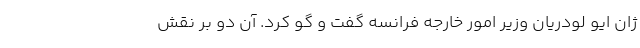
ژان ایو لودریان وزیر امور خارجه فرانسه گفت و گو کرد. آن دو بر نقش